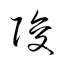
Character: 陖